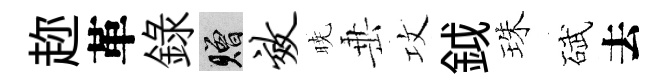
趂革録贈效暁𡸁攻鉞珠碔去